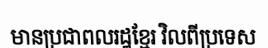
មានប្រជាពលរដ្ឋខ្មែរ វិលពីប្រទេស